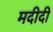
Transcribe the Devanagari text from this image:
मदीदी